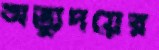
অভ্যুদয়ের